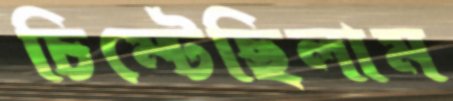
চিম্‌টেছিলাম